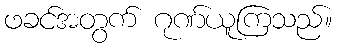
ဖခင်အတွက် ဂုဏ်ယူကြသည်။